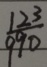
\frac { 1 2 3 } { 9 9 0 }